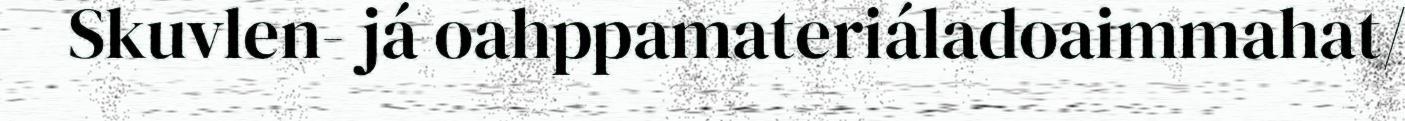
Skuvlen- já oahppamateriáladoaimmahat/